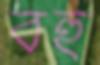
বহু